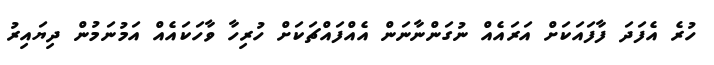
ހުރެ އެފަދަ ފާފައަކަށް އަރައެއް ނުގަންނާނަން އެއްފައްޗަކަށް ހުރިހާ ވާހަކައެއް އަމުނަމުން ދިޔައިރު